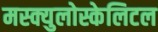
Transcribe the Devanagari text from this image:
मस्क्युलोस्केलिटल